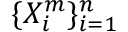
\{ X _ { i } ^ { m } \} _ { i = 1 } ^ { n }